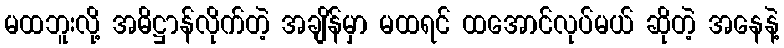
မထဘူးလို့ အဓိဋ္ဌာန်လိုက်တဲ့ အချိန်မှာ မထရင် ထအောင်လုပ်မယ် ဆိုတဲ့ အနေနဲ့